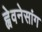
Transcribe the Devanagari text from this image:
ह्वेवनेसांग